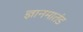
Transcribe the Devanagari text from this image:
ज्ञानमातंड